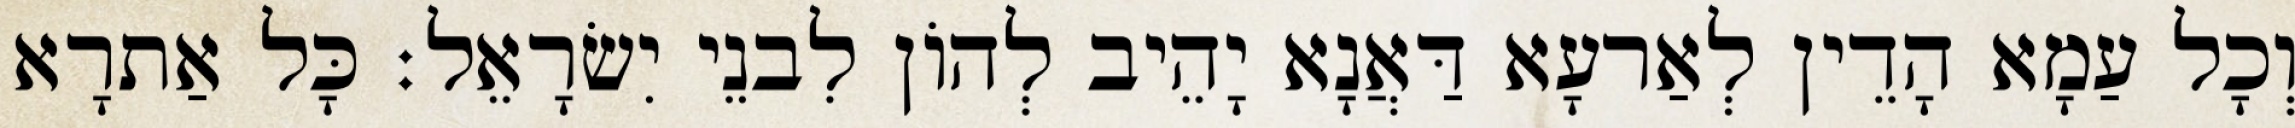
וְכָל עַמָא הָדֵין לְאַרעָא דַּאֲנָא יָהֵיב לְהוֹן לִבנֵי יִשׂרָאֵל׃ כָּל אַתרָא